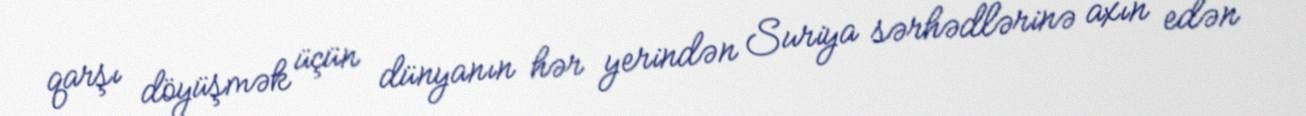
qarşı döyüşmək üçün dünyanın hər yerindən Suriya sərhədlərinə axın edən